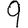
Digit: 9